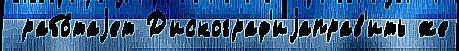
 рабо́таjет Д'искограф'иjаправ'ить же